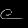
Digit: ၉